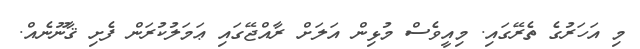
މި އަހަރުގެ ތެރޭގައި. މިއީވެސް މުޅިން އަލަށް ރާއްޖޭގައި ޢަމަލުކުރަން ފެށި ޤާނޫނެއް.